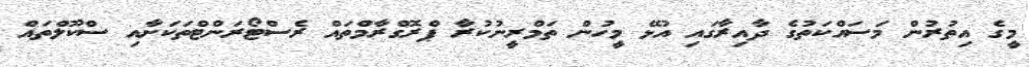
މީގެ އިތުރުން މަސައްކަތުގެ ދާއިރާގައި އުޅޭ މީހުން ތަމްރީނުކުރާ ޕްރޮގްރާމްތައް ރެސްޓޯރަންޓްތަކަށާއި ސްކޫލްތައް